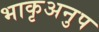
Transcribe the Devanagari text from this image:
भाकृअनुप